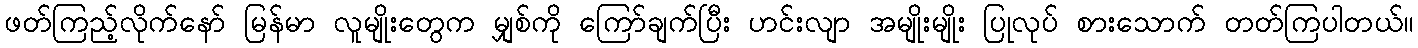
ဖတ်ကြည့်လိုက်နော် မြန်မာ လူမျိုးတွေက မျှစ်ကို ကြော်ချက်ပြီး ဟင်းလျာ အမျိုးမျိုး ပြုလုပ် စားသောက် တတ်ကြပါတယ်။